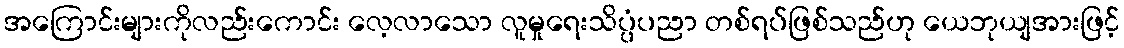
အကြောင်းများကိုလည်းကောင်း လေ့လာသော လူမှုရေးသိပ္ပံပညာ တစ်ရပ်ဖြစ်သည်ဟု ယေဘုယျအားဖြင့်